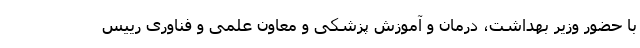
با حضور وزیر بهداشت، درمان و آموزش پزشکی و معاون علمی و فناوری رییس